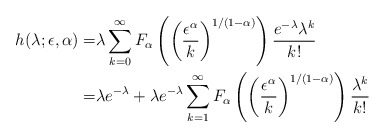
\begin{align*}h(\lambda;\epsilon,\alpha) =& \lambda\sum_{k=0}^\infty F_\alpha\left(\left(\frac{\epsilon^\alpha}{k}\right)^{1/(1-\alpha)}\right)\frac{e^{-\lambda}\lambda^k}{k!}\\=&\lambda e^{-\lambda} +\lambda e^{-\lambda}\sum_{k=1}^\infty F_\alpha\left(\left(\frac{\epsilon^\alpha}{k}\right)^{1/(1-\alpha)}\right)\frac{\lambda^k}{k!}\end{align*}